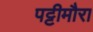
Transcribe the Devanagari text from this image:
पट्टीमौरा